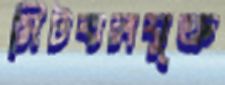
মিটবলযুক্ত